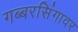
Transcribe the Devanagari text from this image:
गब्बरसिंगावर